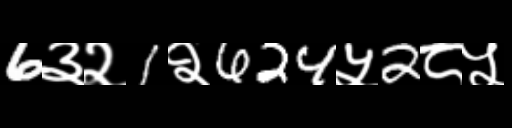
Text: 6३२1२624५2८५